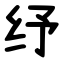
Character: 纾